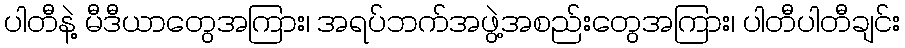
ပါတီနဲ့ မီဒီယာတွေအကြား၊ အရပ်ဘက်အဖွဲ့အစည်းတွေအကြား၊ ပါတီပါတီချင်း